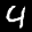
Label: 4